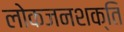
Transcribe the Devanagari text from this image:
लोकजनशक्ति